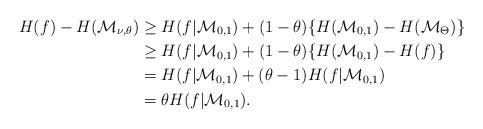
LaTeX: \begin{align*}H(f)-H(\mathcal{M}_{\nu,\theta})&\geq H(f|\mathcal{M}_{0,1})+(1-\theta)\{H(\mathcal{M}_{0,1})-H(\mathcal{M}_{\Theta})\} \cr&\geq H(f|\mathcal{M}_{0,1})+(1-\theta)\{H(\mathcal{M}_{0,1})-H(f)\} \cr&= H(f|\mathcal{M}_{0,1})+(\theta-1) H(f|\mathcal{M}_{0,1}) \cr&= \theta H(f|\mathcal{M}_{0,1}).\end{align*}